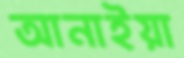
আনাইয়া